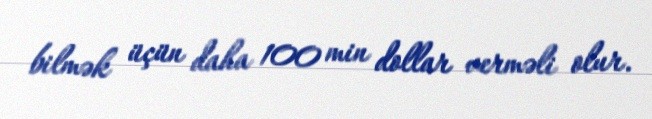
bilmək üçün daha 100 min dollar verməli olur.